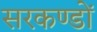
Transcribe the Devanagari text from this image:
सरकण्डों